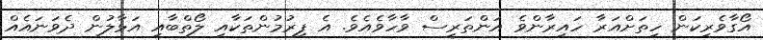
އޯގާވެރިކަން ހިތަށްއަރާ ހައިރާންވެ އަންތަރީސް ވާހާވެއެވެ. އެ ފިރުމުންތަކާއި ލޯތްބާއި އަޅާލުން ދެވަނައެއް